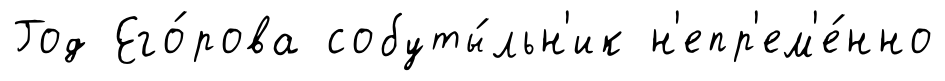
Год Его́рова собуты́льн'ик н'епр'ем'е́нно